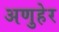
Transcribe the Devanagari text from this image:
अणुहेर